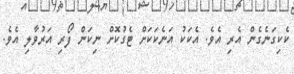
ކެކިގަނެގެން އެރި އެވެ. އެކަކު އަނެކަކަށް ޓެގުކޮށް ނިކަން ފޯރި އަރުވާލި އެވެ.